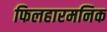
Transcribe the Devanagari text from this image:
फिलहारमनिक